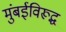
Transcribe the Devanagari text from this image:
मुंबईविरूद्ध